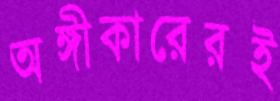
অঙ্গীকারেরই